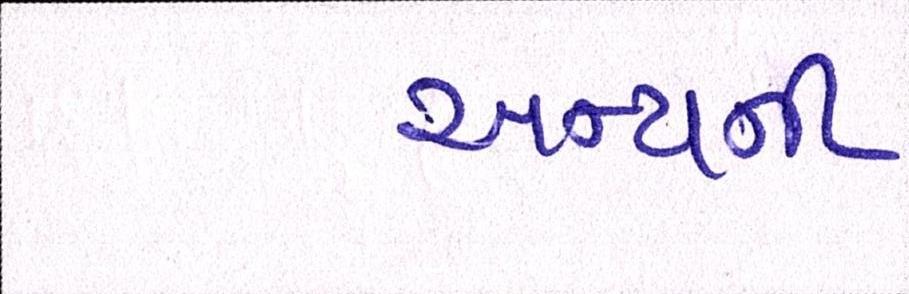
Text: અન્યની